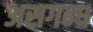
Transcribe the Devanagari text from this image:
असगन्ध